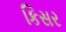
કિસર